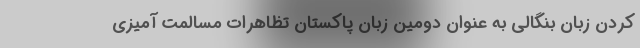
کردن زبان بنگالی به عنوان دومین زبان پاکستان تظاهرات مسالمت آمیزی